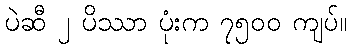
ပဲဆီ ၂ ပိဿာ ပုံးက ၇၅၀၀ ကျပ်။